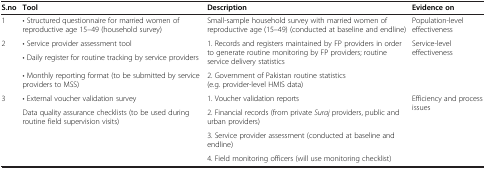
<table><thead><tr><td><b>S.no</b></td><td><b>Tool</b></td><td><b>Description</b></td><td><b>Evidence on</b></td></tr></thead><tbody><tr><td>1</td><td>• Structured questionnaire for married women of reproductive age 15–49 (household survey)</td><td>Small-sample household survey with married women of reproductive age (15–49) (conducted at baseline and endline)</td><td>Population-level effectiveness</td></tr><tr><td rowspan="3">2</td><td>• Service provider assessment tool</td><td rowspan="2">1. Records and registers maintained by FP providers in order to generate routine monitoring by FP providers; routine service delivery statistics</td><td rowspan="3">Service-level effectiveness</td></tr><tr><td>• Daily register for routine tracking by service providers</td></tr><tr><td>• Monthly reporting format (to be submitted by service providers to MSS)</td><td>2. Government of Pakistan routine statistics (e.g. provider-level HMIS data)</td></tr><tr><td rowspan="4">3</td><td>• External voucher validation survey</td><td>1. Voucher validation reports</td><td rowspan="4">Efficiency and process issues</td></tr><tr><td rowspan="3">Data quality assurance checklists (to be used during routine field supervision visits)</td><td>2. Financial records (from private <i>Suraj</i> providers, public and urban providers)</td></tr><tr><td>3. Service provider assessment (conducted at baseline and endline)</td></tr><tr><td>4. Field monitoring officers (will use monitoring checklist)</td></tr></tbody></table>